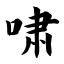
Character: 啸